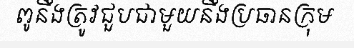
ពូនឹងត្រូវជួបជាមួយនឹងប្រធានក្រុម